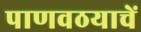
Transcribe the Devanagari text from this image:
पाणवठयाचें